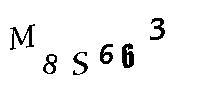
M8S663